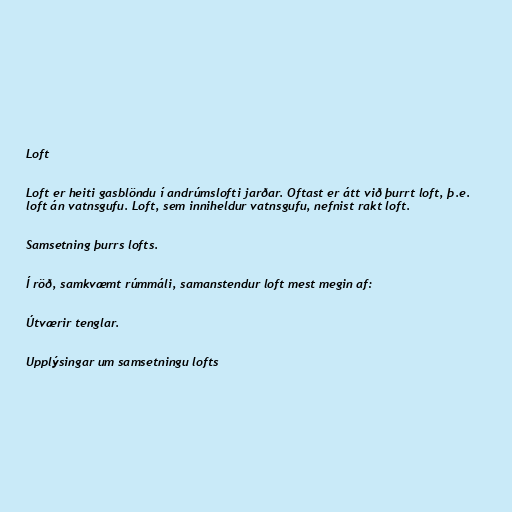
Loft

Loft er heiti gasblöndu í andrúmslofti jarðar. Oftast er átt við þurrt loft, þ.e.
loft án vatnsgufu. Loft, sem inniheldur vatnsgufu, nefnist rakt loft.

Samsetning þurrs lofts.

Í röð, samkvæmt rúmmáli, samanstendur loft mest megin af:

Útværir tenglar.

Upplýsingar um samsetningu lofts